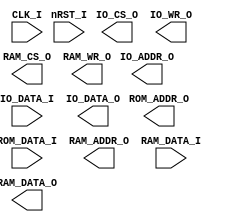
module cpu(
	// Clock
	CLK_I, nRST_I,
	// ROM interface
	ROM_ADDR_O, ROM_DATA_I,
	// RAM interface
	RAM_ADDR_O, RAM_DATA_I, RAM_DATA_O, RAM_CS_O, RAM_WR_O,
	// IO interface
	IO_ADDR_O, IO_DATA_I, IO_DATA_O, IO_CS_O, IO_WR_O
);

	// **********
	// DEFINE PARAMETER
	// **********

	// **********
	// DEFINE INPUT
	// **********
	// Clock
	input wire					CLK_I;
	input wire					nRST_I;
	// ROM
	input wire		 [7:0]		ROM_DATA_I;
	// RAM
	input wire		 [7:0]		RAM_DATA_I;
	// IO
	input wire		 [7:0]		IO_DATA_I;

	// **********
	// DEFINE OUTPUT
	// **********
	// ROM
	output wire		[13:0]		ROM_ADDR_O;
	// RAM
	output wire		[13:0]		RAM_ADDR_O;
	output wire		 [7:0]		RAM_DATA_O;
	output wire					RAM_CS_O;
	output wire					RAM_WR_O;
	// IO
	output wire		 [4:0]		IO_ADDR_O;
	output wire		 [7:0]		IO_DATA_O;
	output wire					IO_CS_O;
	output wire					IO_WR_O;

	// **********
	// ATRRIBUTE
	// **********
	// Stage F1
	reg							rF1_valid;
	reg				 [7:0]		rF1_code;
	wire						wF1_Pause;
	// Stage F2
	reg							rF2_valid;
	reg				 [7:0]		rF2_code;
	wire						wF2_Pause;
	// Stage F3
	reg							rF3_valid;
	reg				 [7:0]		rF3_code;
	wire						wF3_Pause;
	// Stage D
	reg							rD_valid;
	reg				 [7:0]		rD_icode;
	wire			 [5:0]		wD_DSTR_CTRL;
	wire						wD_Pause;
	// Stage E
	reg							rE_valid;
	reg				 [7:0]		rE_icode;
	reg				 [5:0]		rE_DSTR_CTRL;
	wire						wE_Pause;
	// Stage M/IO
	reg							rM_valid;
	reg				 [7:0]		rM_icode;
	reg				 [5:0]		rM_DSTR_CTRL;
	wire						wM_Pause;
	// Stage W
	reg							rW_valid;
	reg				 [7:0]		rW_icode;
	reg				 [5:0]		rW_DSTR_CTRL;
	wire						wW_Pause;

	// **********
	// INSTANCE MODULE
	// **********

	// **********
	// MAIN CODE
	// **********
	// F1->F2
	always @(posedge CLK_I) begin
		if(~nRST_I) begin
			rF2_valid 			<= 1'b0;
			rF2_code			<= 8'b0;
		end
		else begin
			if(~wF2_Pause) begin
				rF2_code		<= rF1_code;
			end
		end
	end
	
	// F2->F3
	always @(posedge CLK_I) begin
		if(~nRST_I) begin
			rF3_valid 			<= 1'b0;
			rF3_code			<= 8'b0;
		end
		else begin
			if(~wF3_Pause) begin
				rF3_code		<= rF2_code;
			end
		end
	end
	
	// F3->D
	always @(posedge CLK_I) begin
		if(~nRST_I) begin
			rD_valid 			<= 1'b0;
			rD_icode			<= 8'b0;
		end
		else begin
			if(~wD_Pause) begin
				rD_icode		<= rF3_code;
			end
		end
	end
	
	

endmodule